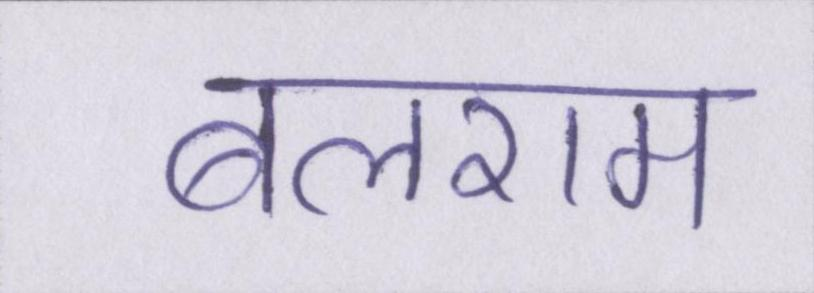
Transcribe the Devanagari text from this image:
बलराम